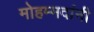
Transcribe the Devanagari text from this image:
मोहम्मदांनी